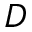
D